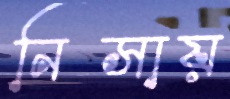
নিসায়